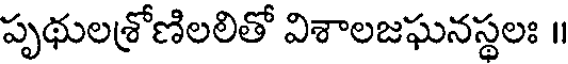
పృథులశ్రోణిలలితో విశాలజఘనస్థలః ॥